Civil Veterinary Dept. Assam report 1927-50 - 1927-1950
Year: 1927
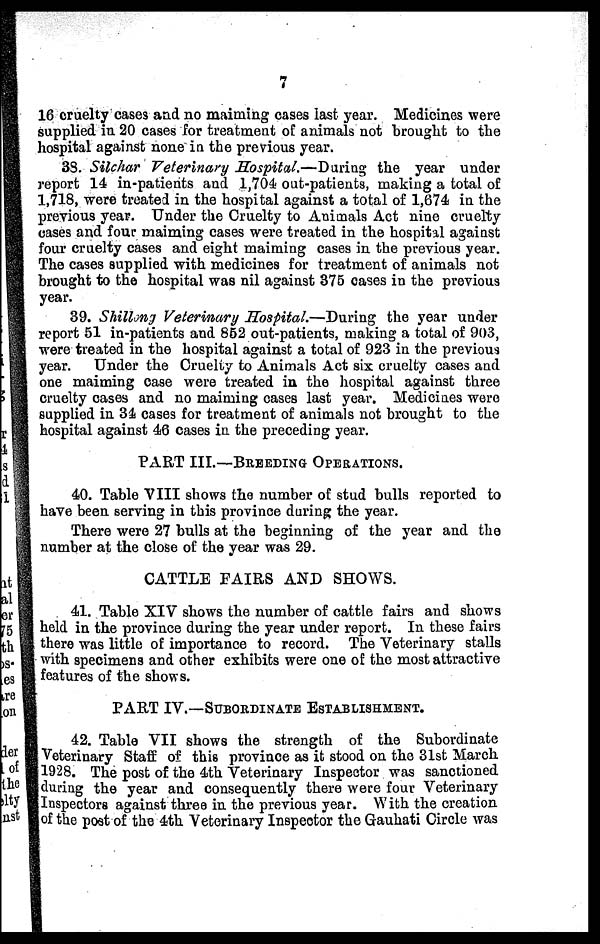
7
16 cruelty cases and no maiming cases last year. Medicines were
supplied in 20 cases for treatment of animals not brought to the
hospital against none in the previous year.
33. Silchar Veterinary Hospital.—During the year under
report 14 in-patients and 1,704 out-patients, making a total of
1,718, were treated in the hospital against a total of 1,674 in the
previous year. Under the Cruelty to Animals Act nine cruelty
cases and four maiming cases were treated in the hospital against
four cruelty cases and eight maiming cases in the previous year.
The cases supplied with medicines for treatment of animals not
brought to the hospital was nil against 375 cases in the previous
year.
39. Shillong Veterinary Hospital.—During the year under
report 51 in-patients and 852 out-patients, making a total of 903,
were treated in the hospital against a total of 923 in the previous
year. Under the Cruelty to Animals Act six cruelty cases and
one maiming case were treated in the hospital against three
cruelty cases and no maiming cases last year. Medicines were
supplied in 34 cases for treatment of animals not brought to the
hospital against 46 cases in the preceding year.
PART III.—BREEDING OPERATIONS .
40. Table VIII shows the number of stud bulls reported to
have been serving in this province during the year.
There were 27 bulls at the beginning of the year and the
number at the close of the year was 29.
CATTLE FAIRS AND SHOWS.
41. Table XIV shows the number of cattle fairs and shows
held in the province during the year under report. In these fairs
there was little of importance to record. The Veterinary stalls
with specimens and other exhibits were one of the most attractive
features of the shows.
PART IV.—SUBORDINATE ESTABLISHMENT.
42. Table VII shows the strength of the Subordinate
Veterinary Staff of this province as it stood on the 31st March
1928. The post of the 4th Veterinary Inspector was sanctioned
during the year and consequently there were four Veterinary
Inspectors against three in the previous year. With the creation
of the post of the 4th Veterinary Inspector the Gauhati Circle was